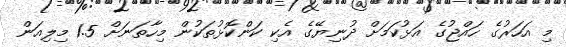
މި އަހަރުގެ ހައްޖުގެ އަޅުކަމަށް ދުނިޔޭގެ އެކި ކަންކޮޅުތަކުން މިހާތަނަށް 1.5 މިލިއަން